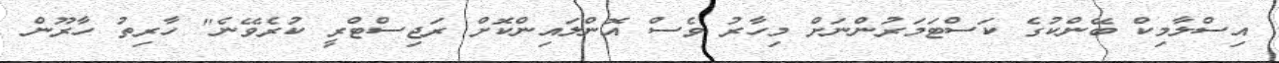
އިސްލާމިކް ބޭންކުގެ ކަސްޓަމަރުންނަށް މިހާރު ވެސް އޮންލައިންކޮށް ރަޖިސްޓްރީ ކުރެވޭނެ" ހާރިތު ހާރޫން